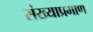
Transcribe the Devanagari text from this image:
संख्याप्रमाण